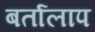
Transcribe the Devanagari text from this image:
बर्तालाप